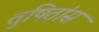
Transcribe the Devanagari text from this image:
तुषितांस